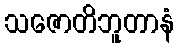
သဇောတိဘူတာနံ